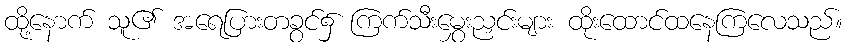
ထို့နောက် သူ၏ အရေပြားတခွင်၌ ကြက်သီးမွှေးညှင်းများ ထိုးထောင်ထနေကြလေသည်။